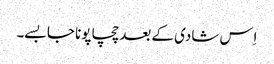
اِس شادی کے بعد چچا پونا جا بسے۔